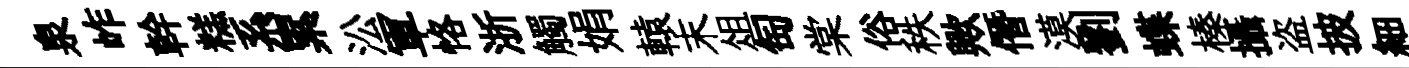
泉岞幹糕系累㳂軍恪浙觸娟轅末俎匋棠俗秩歟僭漠劉蝶榛攝盗披細